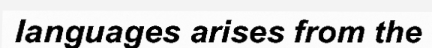
languages arises from the